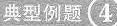
典型例题4